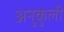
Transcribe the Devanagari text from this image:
अनुकुली